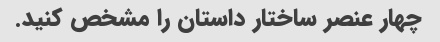
چهار عنصر ساختار داستان را مشخص کنید.